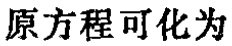
原方程可化为